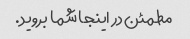
مطمئن در اینجا شما بروید.